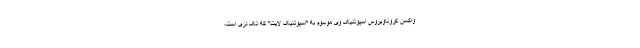
واکسن کروناویروس اسپوتنیک وی موسوم به "اسپوتنیک لایت" که تک دُزی است،